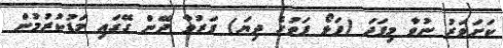
ކަށަވަރު ނުވާ މިފަދަ (ފަޅޯ ފަތުގެ ދިޔަ) ފަރުވާ ދޭން ގޭގައި މަޑުކުރުމުން